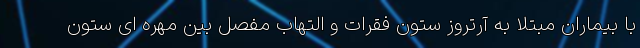
با بیماران مبتلا به آرتروز ستون فقرات و التهاب مفصل بین مهره ای ستون